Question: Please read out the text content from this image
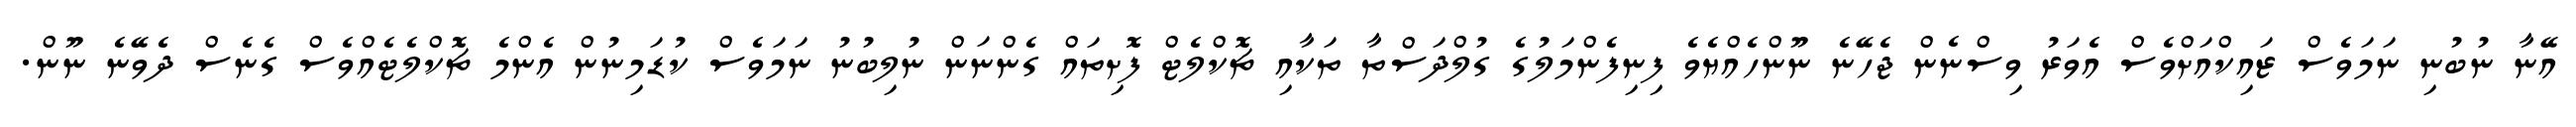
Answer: އޭނާ ނުބުނި ނަމަވެސް ޒައިކްއަށްވެސް އެވަރު ވިސްނެން ޖެހޭނެ ނޫންހެއްޔެވެ ފިނިފެންމަލުގެ ގުލްދަސްތާ ތަކާއި ޗޮކްލެޓް ފޮށިތައް ގެންނަން ނުލިބުނު ނަމަވެސް ކުޑަމިނުން އެންމެ ޗޮކްލެޓެއްވެސް ގެނެސް ދެވޭނެ ނޫން.